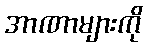
အာဏာများကို